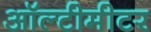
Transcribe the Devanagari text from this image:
ऑल्टीमीटर